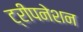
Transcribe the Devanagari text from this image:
ट्रीपनेशन